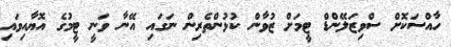
ހާއްސަކޮށް ސްވިޒަލޭންޑް ޓީމަށް ޒުވާން ކުޅުންތެރިން ނަގައި އޭނާ ވަނީ ޓީމުގެ އޮޔާއިވައި